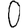
Digit: 0